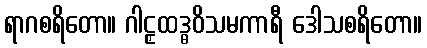
ရာဂစရိတော။ ဂါဠှထဒ္ဓဝိသမကာရီ ဒေါသစရိတော။